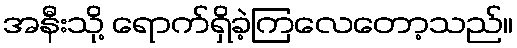
အနီးသို့ ရောက်ရှိခဲ့ကြလေတော့သည်။